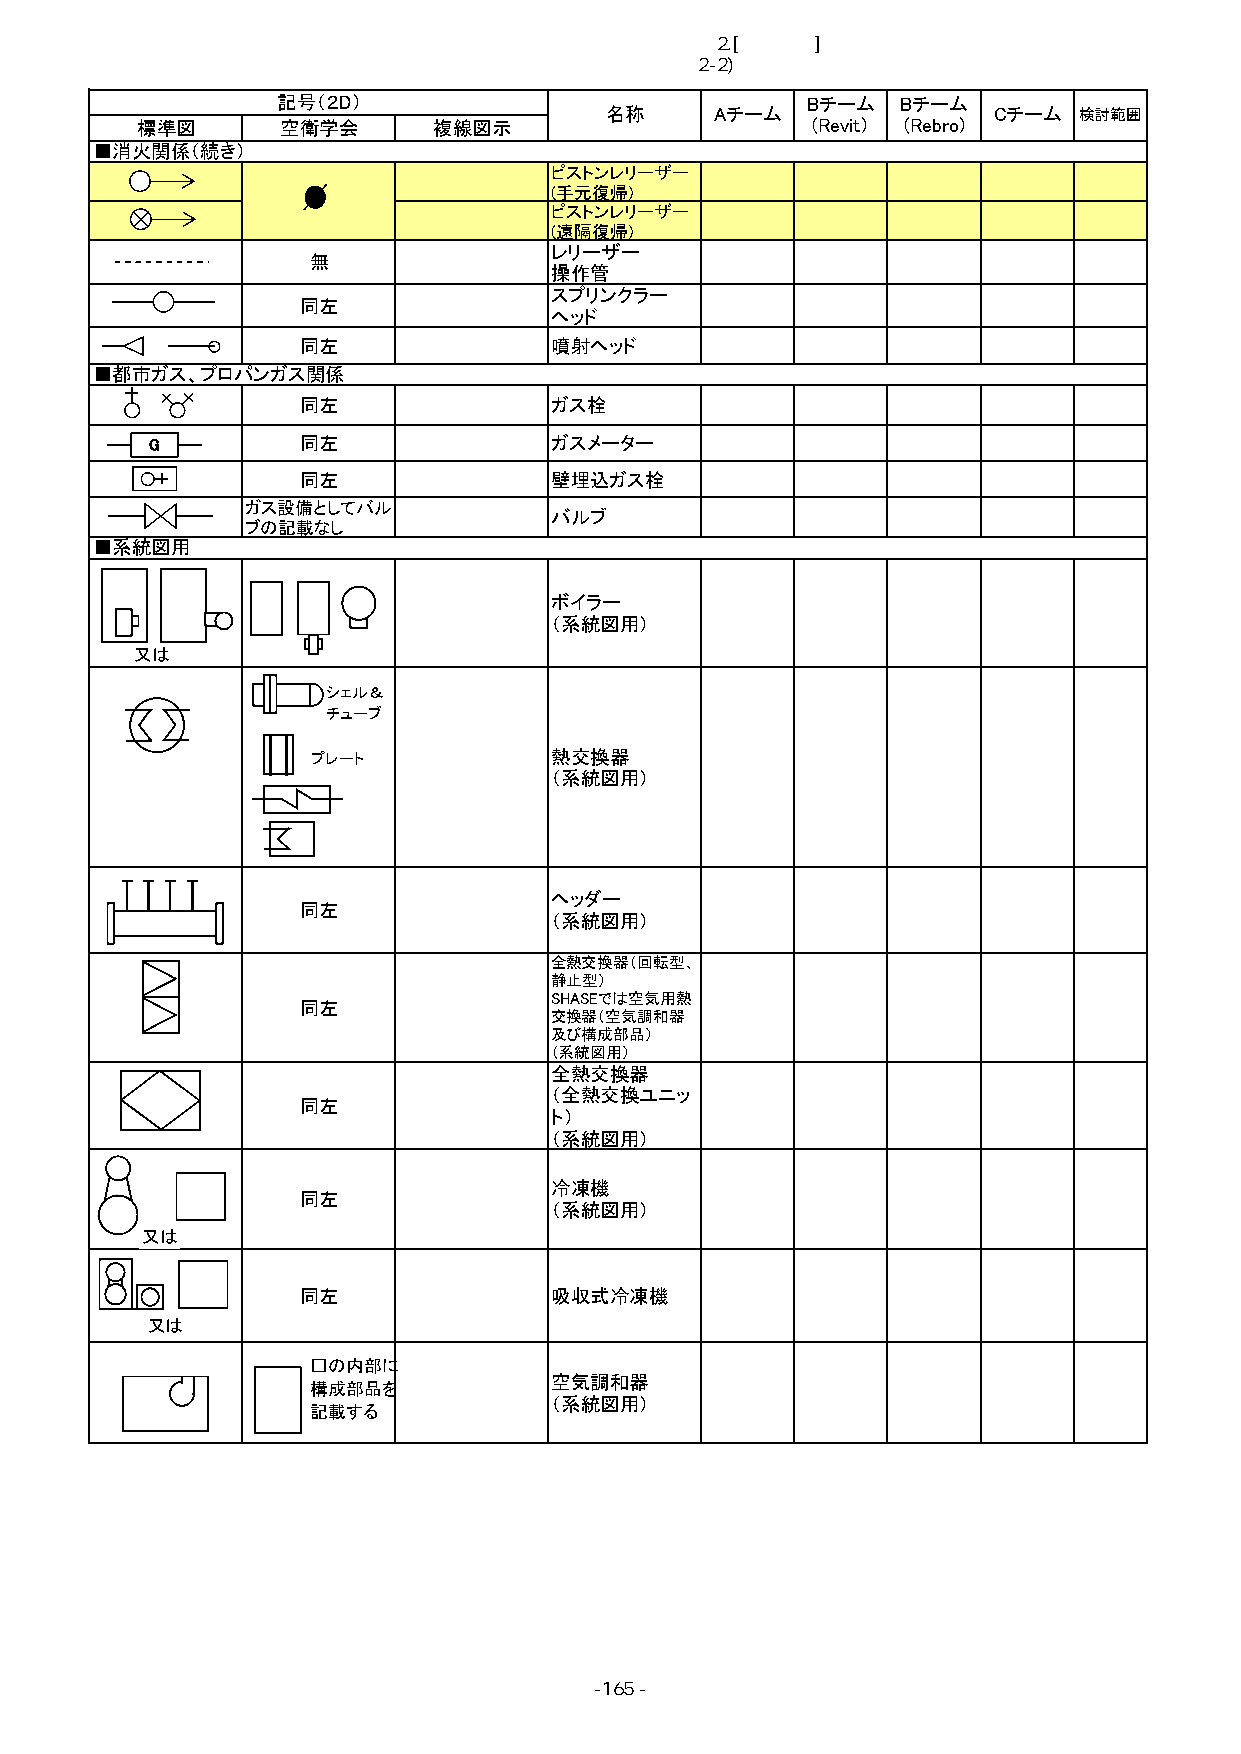
■2.[一般建築]検討内容
 2-2)確認図面の表現標準の検討と解説書の作成
 記号（２D）                             Bチーム   Bチーム
 名称     Aチーム               Cチーム 検討範囲
 標準図       空衛学会      複線図示                     (Revit） (Rebro)
 ■消火関係（続き）
 ピストンレリーザー
 (手元復帰)
 ピストンレリーザー
 (遠隔復帰)
 レリーザー
 無
 操作管
 スプリンクラー
 同左
 ヘッド
 同左              噴射ヘッド
 ■都市ガス、プロパンガス関係
 同左              ガス栓
 G         同左              ガスメーター
 同左              壁埋込ガス栓
 ガス設備としてバル
 バルブ
 ブの記載なし
 ■系統図用
 ボイラー
 （系統図用）
 又は
 シェル＆
 チューブ
 プレート           熱交換器
 （系統図用）
 ヘッダー
 同左
 （系統図用）
 全熱交換器（回転型、
 静止型）
 SHASEでは空気用熱
 同左
 交換器（空気調和器
 及び構成部品）
 （系統図用）
 全熱交換器
 （全熱交換ユニッ
 同左
 ト）
 （系統図用）
 冷凍機
 同左
 （系統図用）
 又は
 同左              吸収式冷凍機
 又は
 □の内部に
 空気調和器
 構成部品を
 （系統図用）
 記載する
 -165 -